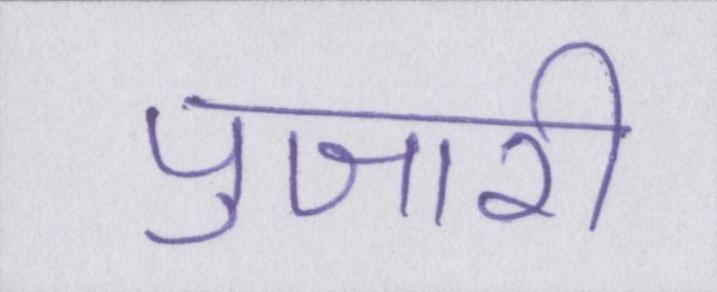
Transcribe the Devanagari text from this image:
पुजारी